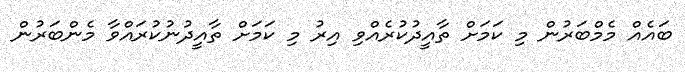
ބައެއް މެމްބަރުން މި ކަމަށް ތާއީދުކުރެއްވި އިރު މި ކަމަށް ތާއީދުނުކުރައްވާ މެންބަރުން